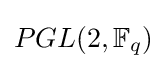
PGL(2,\mathbb {F} _{q})